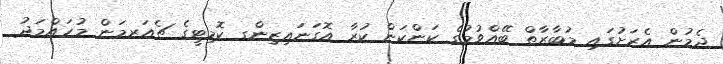
ދެމުން އެރަށުގައި މުބާރާތް ބޭއްވުމުގެ ކަންކަން ކުރާ އޮގަނައިޒިންގ ކޮމިޓީގެ ޗެއަރމަން މުހައްމަދު